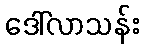
ဒေါ်လာသန်း